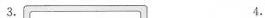
3. 4.